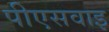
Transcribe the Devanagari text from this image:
पीएसवाइ